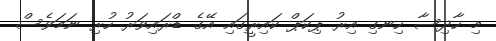
މި ހާދިސާ ހިނގި އިރު ޕިކަޕް ކައިރީގައި އޭގެ ޑްރައިވަރު ހުރި ނަމަވެސް